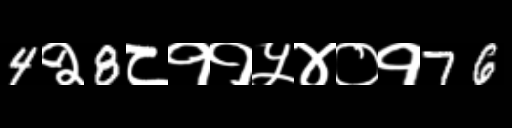
Text: 4२8८११५४०१76